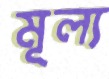
মূল্য